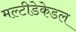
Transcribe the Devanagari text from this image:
मल्टीडेकेडल